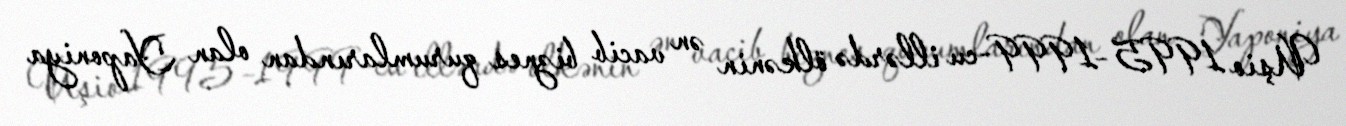
Uşio 1995–1999-cu illərdə ölkənin ən vacib biznes qurumlarından olan Yaponiya